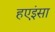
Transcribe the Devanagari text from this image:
हएइंसा